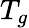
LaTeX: T_{g}